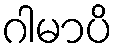
ဂါမာပိ